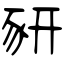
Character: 豜